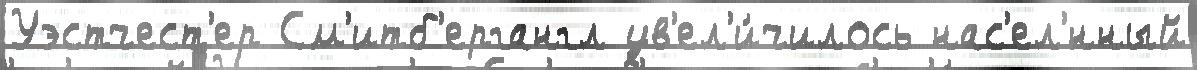
Уэстчест'ер См'итб'ергангл ув'ел'и́чилось нас'ел'́нный